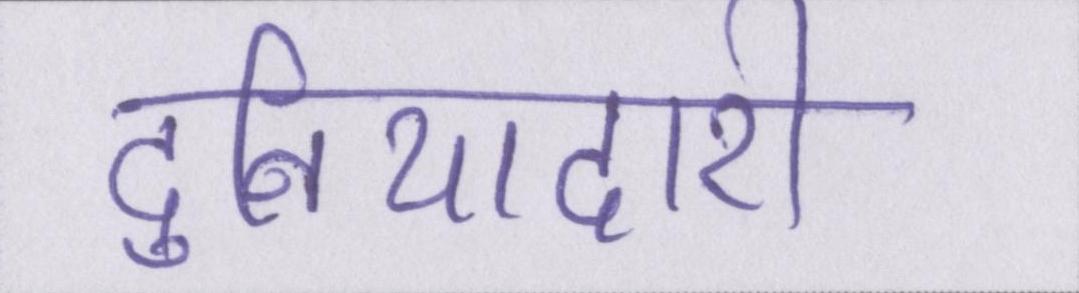
दुनियादारी